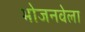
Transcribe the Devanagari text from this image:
भोजनवेला